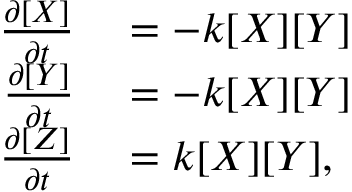
\begin{array} { r l } { \frac { \partial [ X ] } { \partial t } } & { { } = - k [ X ] [ Y ] } \\ { \frac { \partial [ Y ] } { \partial t } } & { { } = - k [ X ] [ Y ] } \\ { \frac { \partial [ Z ] } { \partial t } } & { { } = k [ X ] [ Y ] , } \end{array}